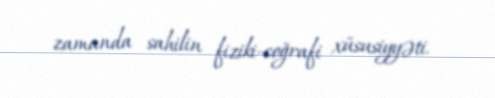
zamanda sahilin fiziki-coğrafi xüsusiyyəti.